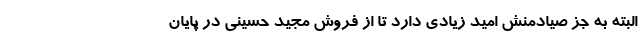
البته به جز صیادمنش امید زیادی دارد تا از فروش مجید حسینی در پایان